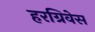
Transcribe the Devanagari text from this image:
हरग्रिवेस